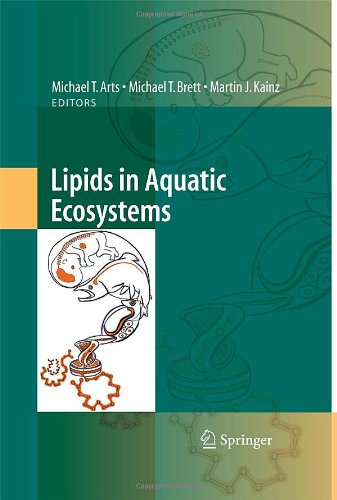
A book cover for Lipids in Aquatic Ecosystems; Science & Math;